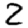
Digit: 2